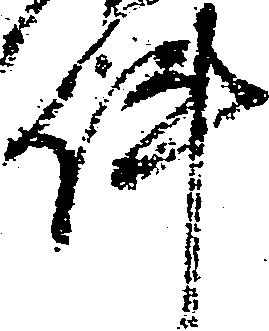
件